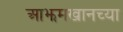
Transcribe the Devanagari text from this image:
आझमखानच्या